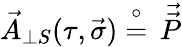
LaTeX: \vec{A}_{\perp S}(\tau,\vec{\sigma})\stackrel{\circ}{=}\, {\vec{\vec{P}}}